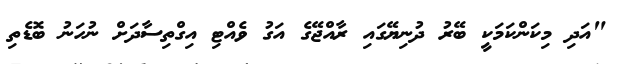
"އަދި މިކަންކަމަކީ ބޭރު ދުނިޔޭގައި ރާއްޖޭގެ އަގު ވެއްޓި އިގްތިސާދަށް ނުހަނު ބޮޑެތި